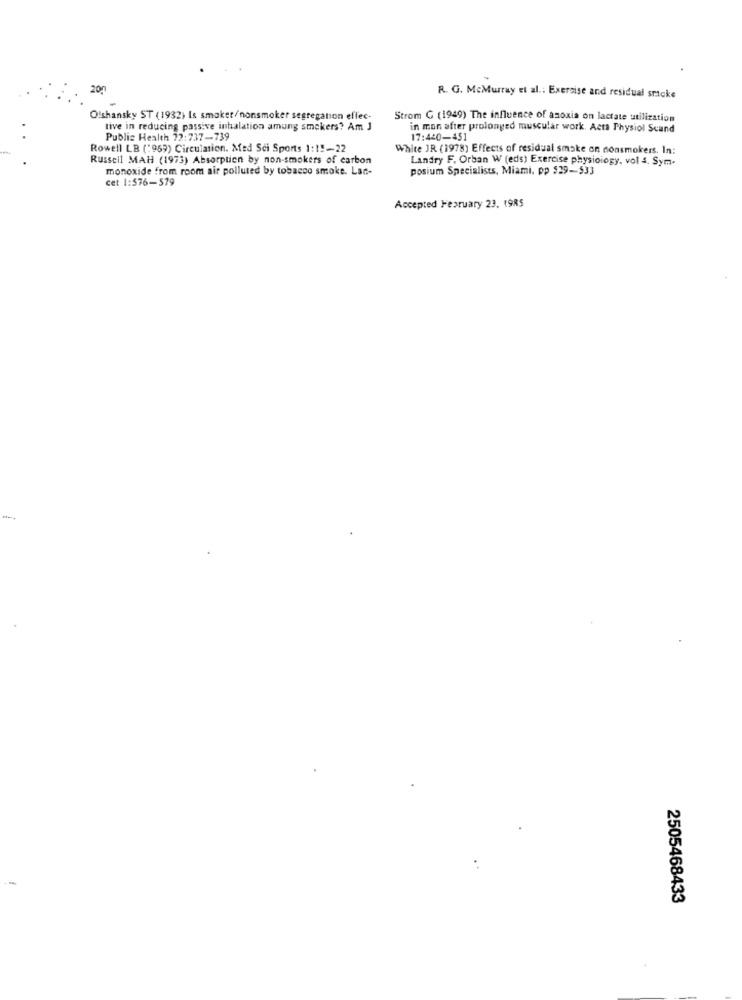
201
R. G. McMurray et al .: Exercise and residual sricke
Olshansky ST (1932) Is smaker/nonsmoker segregation effec-
Strom G (1949) The influence of anoxia on lactate utilization
live in reducing passive inhalation amung smokers? Am J
in mon after prolonged muscular work. Acta Physiol Scand
Public Health 72:737-739
17:440-451
Rowell LB ("969) Circulation. Med Sci Sports 1:1 !- 22
White JR (1978) Effects of residual smoke on nonsmokers. In:
Russcil MAH (1973) Absorption by non-smokers of carbon
Landry F. Orban W (eds) Exercise physiology, vol 4. Sym-
monoxide from room air polluted by tobacco smoke. Lan-
posium Specialists, Miami. pp $29-533
cet 1:576-579
Accepted February 23. 1985
2505468433